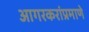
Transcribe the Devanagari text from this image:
आगरकरांप्रमाणे